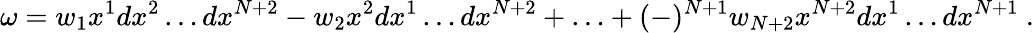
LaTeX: \omega=w_{1}x^{1}dx^{2}\ldots dx^{N+2}-w_{2}x^{2}dx^{1}\ldots dx^{N+2}+\ldots+(-)^{N+1}w_{N+2}x^{N+2}dx^{1}\ldots dx^{N+1}~.